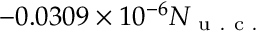
- 0 . 0 3 0 9 \times 1 0 ^ { - 6 } N _ { \mathrm { ~ u ~ . ~ c ~ . ~ } }